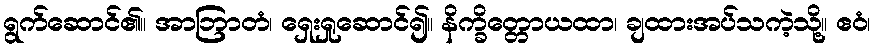
ရွက်ဆောင်၏။ အာဘြာတံ၊ ရှေးရှုဆောင်၍။ နိက္ခိတ္တောယထာ၊ ချထားအပ်သကဲ့သို့။ ဧဝံ၊